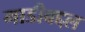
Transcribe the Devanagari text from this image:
गाडीबद्दल